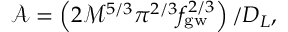
\mathcal { A } = \left( 2 \mathcal { M } ^ { 5 / 3 } \pi ^ { 2 / 3 } f _ { \mathrm { g w } } ^ { 2 / 3 } \right) / D _ { L } ,